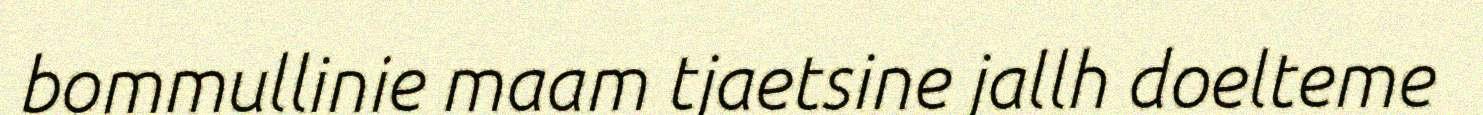
bommullinie maam tjaetsine jallh doelteme